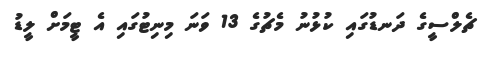
ޗެލްސީގެ ދަނޑުގައި ކުޅުނު މެޗުގެ 13 ވަނަ މިނިޓުގައި އެ ޓީމަށް ލީޑު